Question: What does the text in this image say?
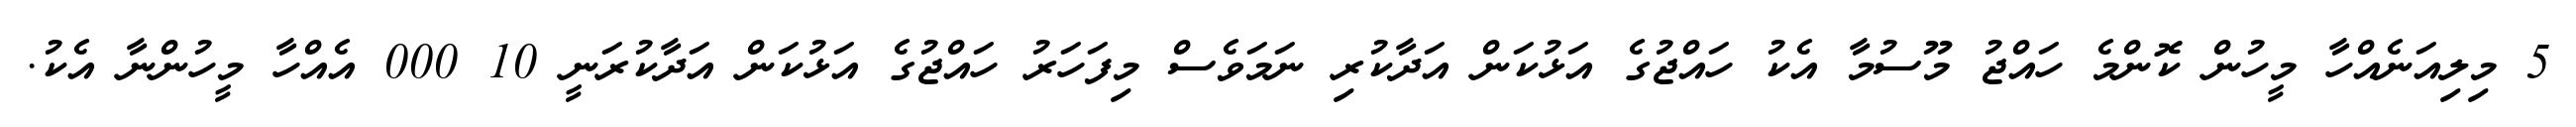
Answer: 5 މިލިއަނެއްހާ މީހުން ކޮންމެ ހައްޖު މޫސުމާ އެކު ހައްޖުގެ އަޅުކަން އަދާކުރި ނަމަވެސް މިފަހަރު ހައްޖުގެ އަޅުކަން އަދާކުރަނީ 10 000 އެއްހާ މީހުންނާ އެކު.